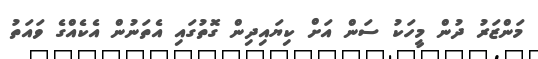
މަންޒަރު ދުން މީހަކު ސަން އަށް ކިޔައިދިން ގޮތުގައި އެތަނުން އެކެއްގެ ވައަތު